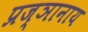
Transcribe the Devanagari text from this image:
प्रज्ञानाय